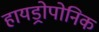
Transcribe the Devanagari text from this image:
हायड्रोपोनिक